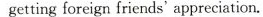
gettingforeign friends' appreciation.